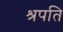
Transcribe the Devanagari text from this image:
श्रपति